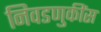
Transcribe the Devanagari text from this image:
निवडणुकींस